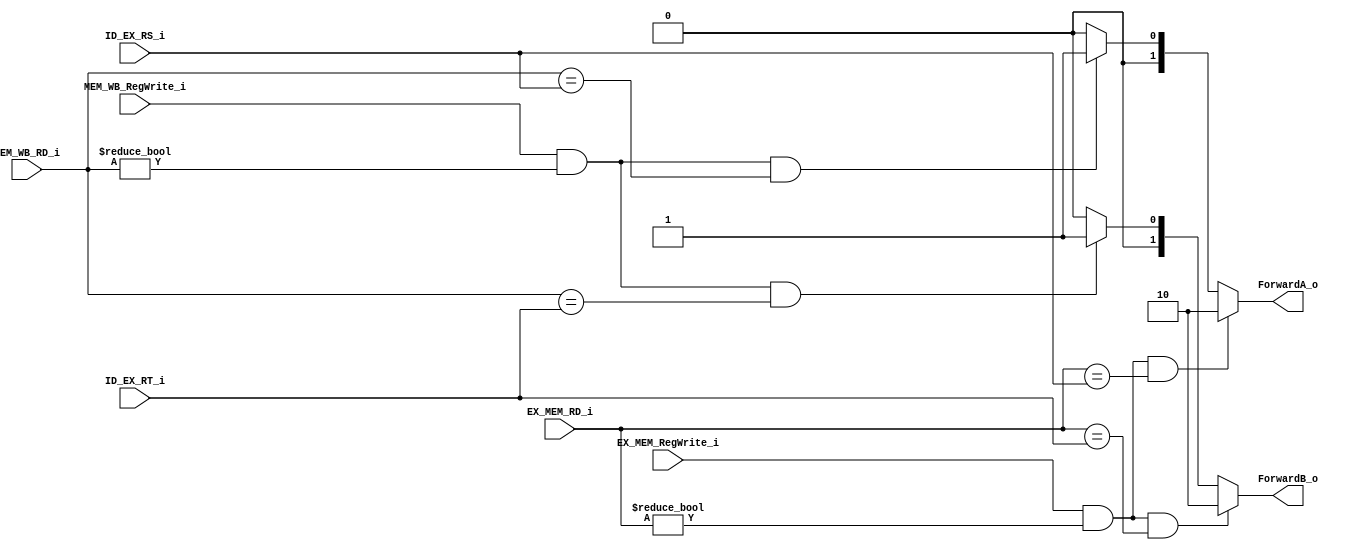
module ForwardingUnit
(   
    EX_MEM_RegWrite_i,
    EX_MEM_RD_i,
    ID_EX_RS_i,
    ID_EX_RT_i,
    MEM_WB_RegWrite_i,
    MEM_WB_RD_i,
    ForwardA_o,
    ForwardB_o
);

input			    EX_MEM_RegWrite_i, MEM_WB_RegWrite_i;
input	    [4:0]	ID_EX_RS_i, ID_EX_RT_i, EX_MEM_RD_i, MEM_WB_RD_i;
output reg	[1:0]	ForwardA_o, ForwardB_o;

always@(*)begin
    ForwardA_o = 2'b00;

    if(EX_MEM_RegWrite_i && 
    (EX_MEM_RD_i != 5'b00000) && 
    (EX_MEM_RD_i == ID_EX_RS_i)) ForwardA_o = 2'b10;

    else if(MEM_WB_RegWrite_i &&
    (MEM_WB_RD_i != 5'b00000) &&
    MEM_WB_RD_i == ID_EX_RS_i)  ForwardA_o = 2'b01;

    ForwardB_o = 2'b00;

    if(EX_MEM_RegWrite_i && 
    (EX_MEM_RD_i != 5'b00000) && 
    (EX_MEM_RD_i == ID_EX_RT_i)) ForwardB_o = 2'b10;

    else if(MEM_WB_RegWrite_i &&
    (MEM_WB_RD_i != 5'b00000) &&
    MEM_WB_RD_i == ID_EX_RT_i)  ForwardB_o = 2'b01;

end
endmodule